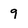
Character: 9